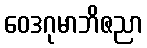
ဝေဒဂုမာဘိဇညာ